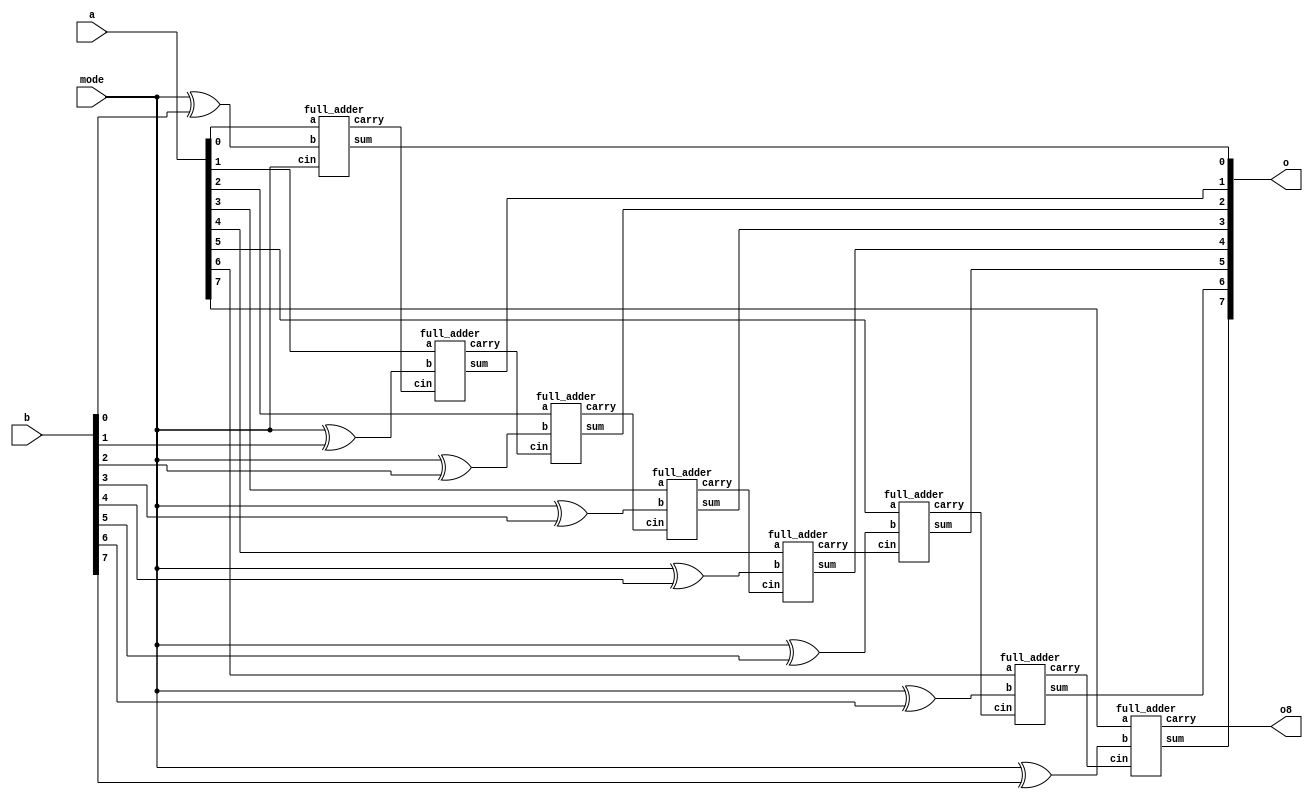
// Design a 8-bit ripple carry adder/subtractor circuit.

// if mode = 0, circuit is a adder circuit
// if mode = 1, circuit is a subtractor circuit

module add_sub_circuit(output o8,
                       output [7:0] o,
                       input [7:0] a, b,
                       input mode);

wire [7:0] b_after_mode;
wire [6:0] temp_carry;
assign b_after_mode[0] = mode ^ b[0];
assign b_after_mode[1] = mode ^ b[1];
assign b_after_mode[2] = mode ^ b[2];
assign b_after_mode[3] = mode ^ b[3];
assign b_after_mode[4] = mode ^ b[4];
assign b_after_mode[5] = mode ^ b[5];
assign b_after_mode[6] = mode ^ b[6];
assign b_after_mode[7] = mode ^ b[7];

full_adder f0(o[0],temp_carry[0],a[0],b_after_mode[0],mode);
full_adder f1(o[1],temp_carry[1],a[1],b_after_mode[1],temp_carry[0]);
full_adder f2(o[2],temp_carry[2],a[2],b_after_mode[2],temp_carry[1]);
full_adder f3(o[3],temp_carry[3],a[3],b_after_mode[3],temp_carry[2]);
full_adder f4(o[4],temp_carry[4],a[4],b_after_mode[4],temp_carry[3]);
full_adder f5(o[5],temp_carry[5],a[5],b_after_mode[5],temp_carry[4]);
full_adder f6(o[6],temp_carry[6],a[6],b_after_mode[6],temp_carry[5]);
full_adder f7(o[7],o8,a[7],b_after_mode[7],temp_carry[6]);

endmodule

module full_adder(output sum, carry,
                  input a,b,cin);
wire pre_s, pre_c_0, pre_c_1;

xor (pre_s, a ,b);
and (pre_c_0, a, b);
xor (sum, pre_s, cin);
and (pre_c_1, pre_s, cin);
or (carry, pre_c_0, pre_c_1);
endmodule